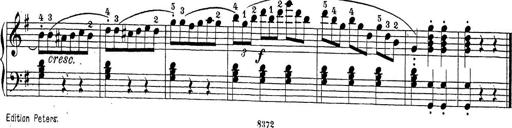
Title: Sonatina Album
Composer: Louis KÃ¶hler